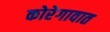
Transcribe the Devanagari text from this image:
कोरेगावात